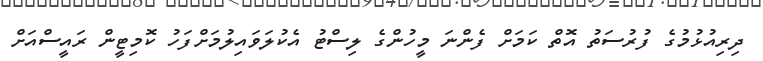
ދިރިއުޅުމުގެ ފުރުސަތު އޮތް ކަމަށް ފެންނަ މީހުންގެ ލިސްޓު އެކުލަވައިލުމަށްފަހު ކޮމިޓީން ރައީސްއަށް